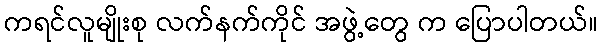
ကရင်လူမျိုးစု လက်နက်ကိုင် အဖွဲ့တွေ က ပြောပါတယ်။